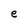
Character: e